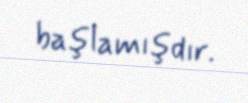
başlamışdır.